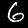
Digit: 6